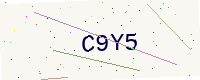
Text: C9Y5